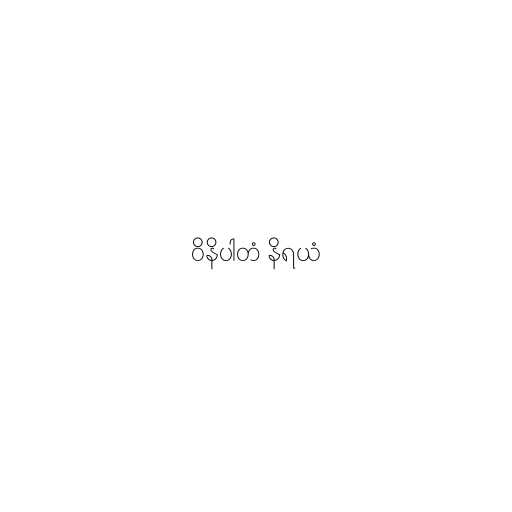
ဝိနိပါတံ နိရယံ